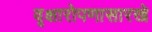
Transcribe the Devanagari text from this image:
वृक्षारोपणासारखे